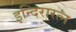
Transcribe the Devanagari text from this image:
इन्दिरारत्न